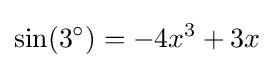
\sin(3^{\circ })=-4x^{3}+3x